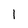
Character: l